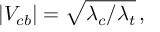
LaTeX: | V _ { c b } | = \sqrt { \lambda _ { c } / \lambda _ { t } } \, ,